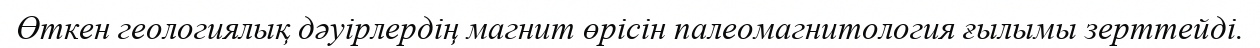
Өткен геологиялық дәуірлердің магнит өрісін палеомагнитология ғылымы зерттейді.